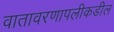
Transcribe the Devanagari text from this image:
वातावरणापलीकडील